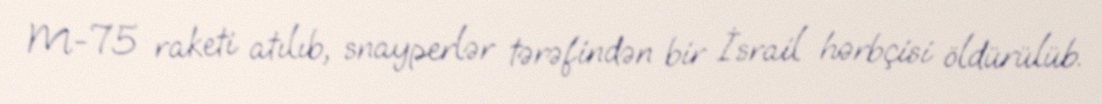
M-75 raketi atılıb, snayperlər tərəfindən bir İsrail hərbçisi öldürülüb.